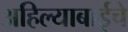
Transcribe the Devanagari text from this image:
अहिल्याबाईचे